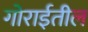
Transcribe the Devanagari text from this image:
गोराईतील